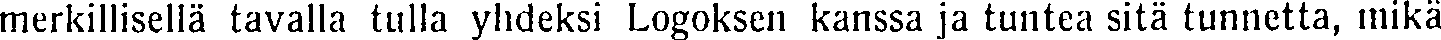
merkillisellä tavalla tulla yhdeksi Logoksen kanssa ja tuntea sitä tunnetta, mikä